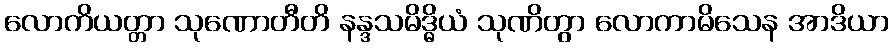
လောကိယတ္တာ သုဏောတီတိ နန္ဒသမိဒ္ဓိယံ သုဏိတွာ လောကာမိသေန အာဒိယာ